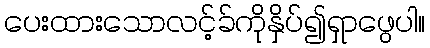
ပေးထားသောလင့်ခ်ကိုနှိပ်၍ရှာဖွေပါ။